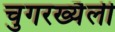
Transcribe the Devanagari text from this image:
चुगरख्यैली